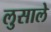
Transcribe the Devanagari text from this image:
लुसाले